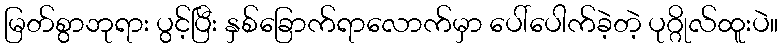
မြတ်စွာဘုရား ပွင့်ပြီး နှစ်ခြောက်ရာလောက်မှာ ပေါ်ပေါက်ခဲ့တဲ့ ပုဂ္ဂိုလ်ထူးပဲ။